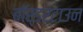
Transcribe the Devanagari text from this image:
बॉर्डरटाउन